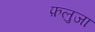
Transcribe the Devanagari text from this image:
फ़लुजा